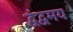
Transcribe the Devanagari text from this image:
द्वंद्वमय